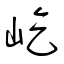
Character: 屹